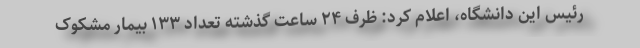
رئیس این دانشگاه، اعلام کرد: ظرف ۲۴ ساعت گذشته تعداد ۱۳۳ بیمار مشکوک